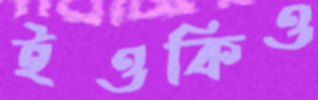
ইওকিও